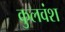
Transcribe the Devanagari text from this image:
कुलवंश